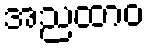
အညထာဝ